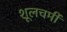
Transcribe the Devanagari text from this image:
शूलचर्मी